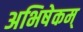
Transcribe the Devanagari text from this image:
अभिषेकम्